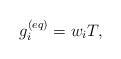
LaTeX: \begin{align*}g_i^{(eq)} = {{w}_i}T,\end{align*}